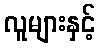
လူများနှင့်